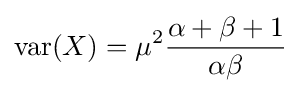
\operatorname {var} (X)=\mu ^{2}{\frac {\alpha +\beta +1}{\alpha \beta }}